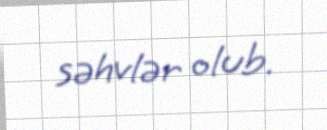
səhvlər olub.